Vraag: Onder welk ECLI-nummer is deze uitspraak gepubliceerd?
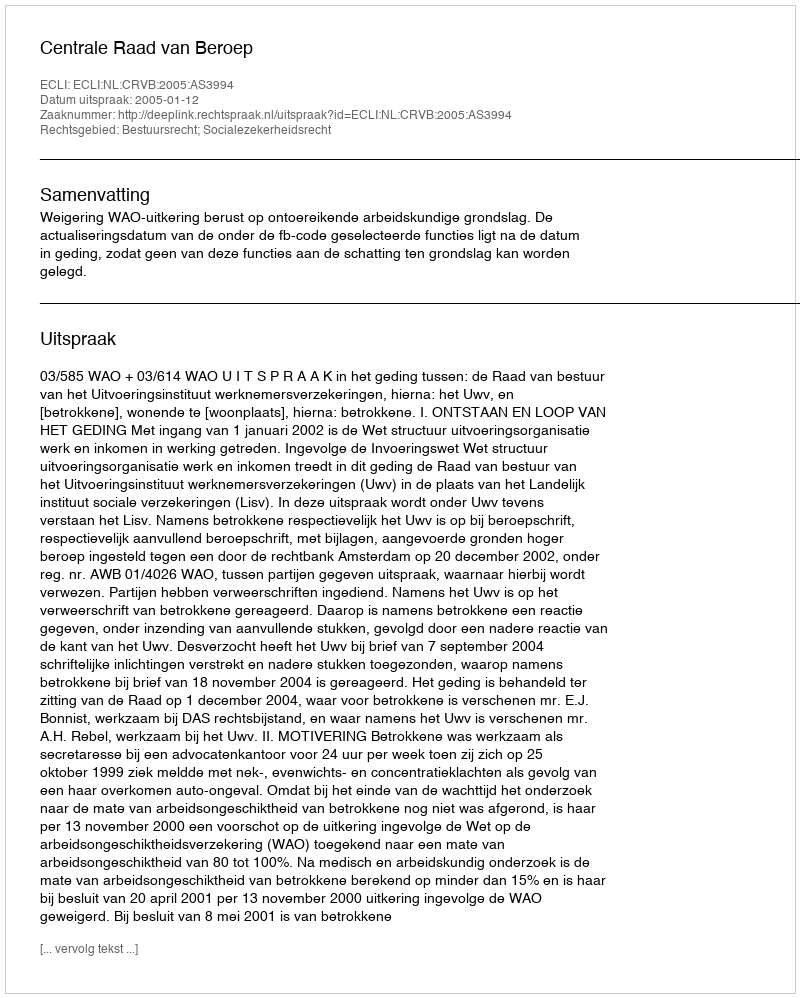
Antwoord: ECLI:NL:CRVB:2005:AS3994